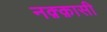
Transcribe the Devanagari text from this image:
नक़्क़ासी